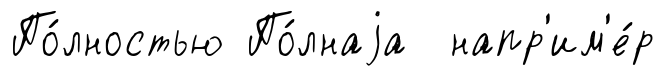
По́лностью По́лнаjа напр'им'е́р